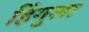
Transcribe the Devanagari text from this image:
हिंगुला